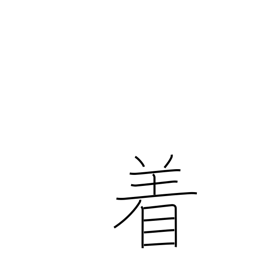
Meaning: counter for suits of clothing